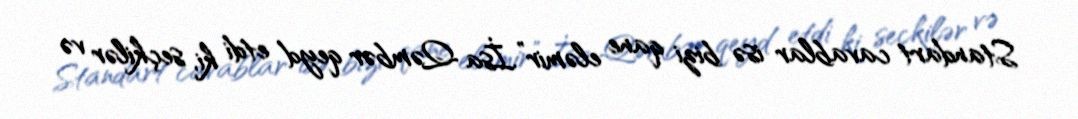
Standart cavablar isə bizi qane eləmir”.İsa Qəmbər qeyd etdi ki, seçkilər və